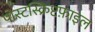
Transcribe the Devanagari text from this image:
पोस्टस्क्रिप्टफ़ाइल